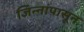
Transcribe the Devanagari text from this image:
जिन्नांपासून